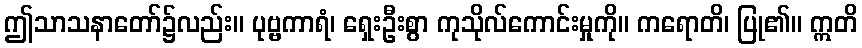
ဤသာသနာတော်၌လည်း။ ပုဗ္ဗကာရံ၊ ရှေးဦးစွာ ကုသိုလ်ကောင်းမှုကို။ ကရောတိ၊ ပြု၏။ ဣတိ